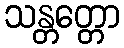
သန္တတ္တော